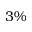
3 \%